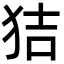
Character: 狤